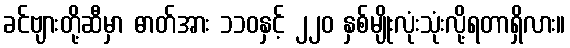
ခင်ဗျားတို့ဆီမှာ ဓာတ်အား ၁၁၀နှင့် ၂၂၀ နှစ်မျိုးလုံးသုံးလို့ရတာရှိလား။